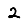
Digit: 2